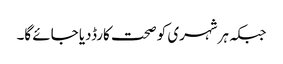
جبکہ ہرشہری کو صحت کارڈدیا جائے گا۔